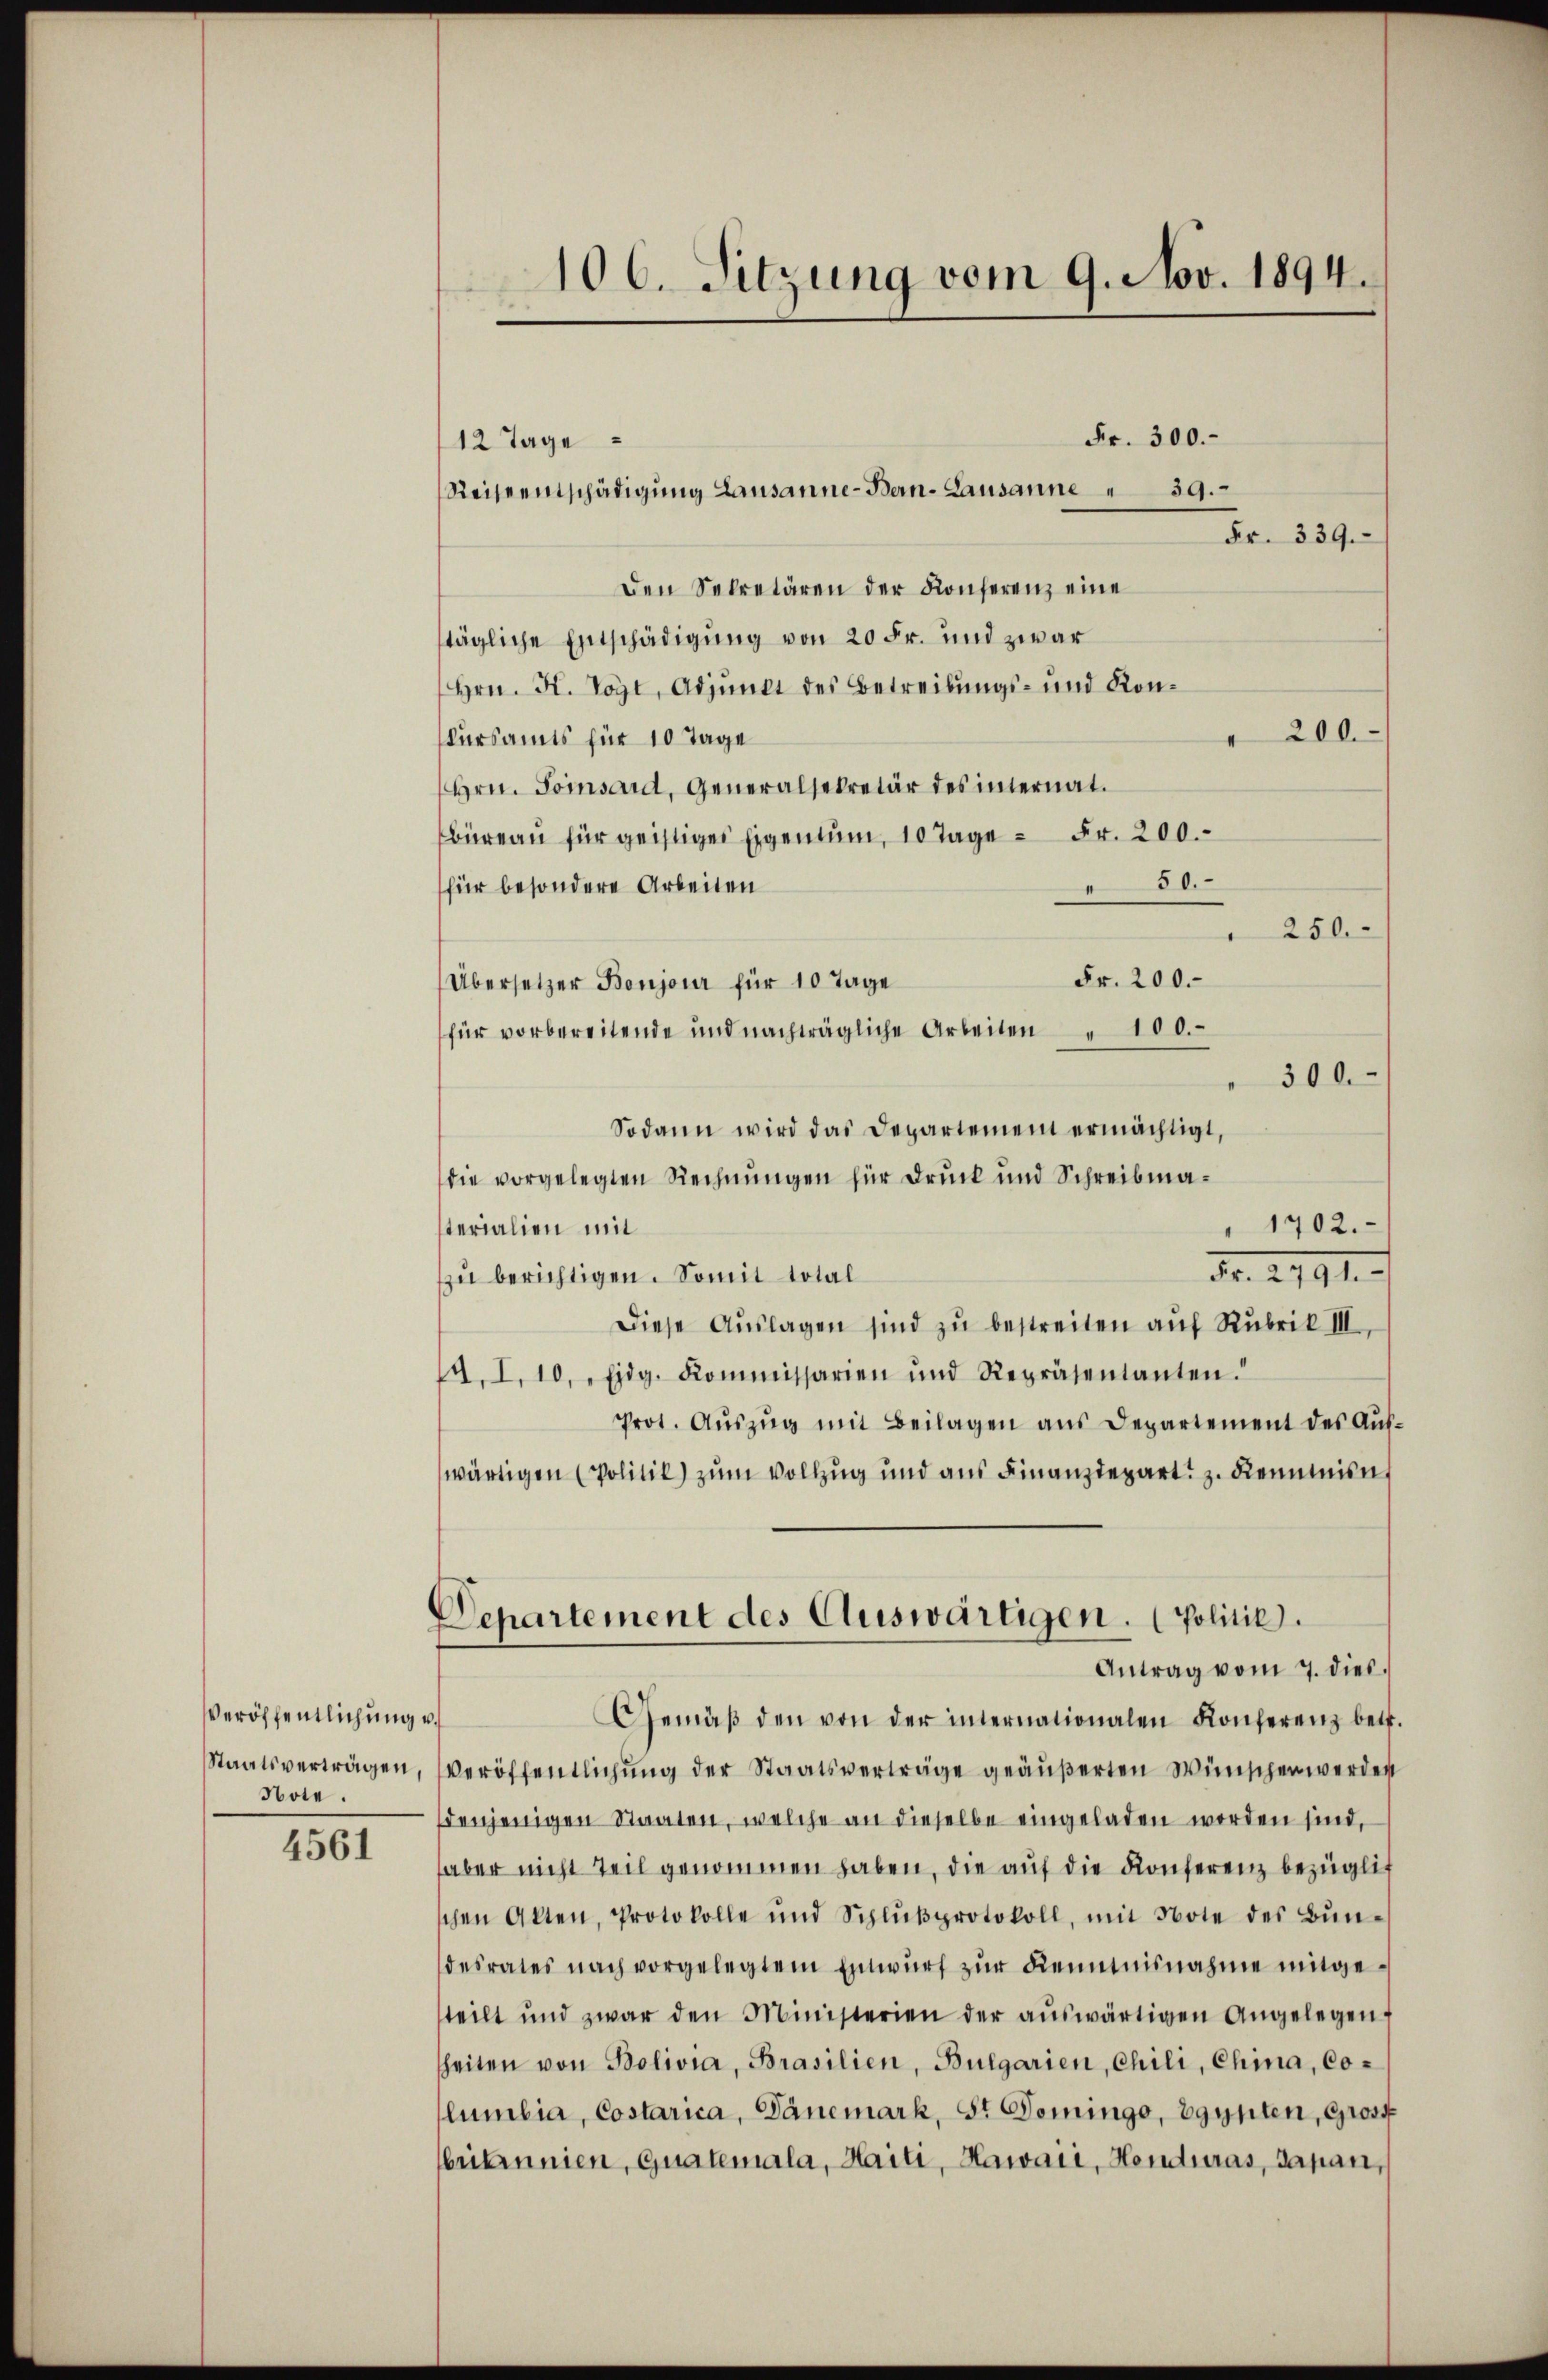
Veröffentlichung v.
Note.

4561

106. Sitzung vom 9. Nov. 1894.

Fr. 300.
12 Tage
Reiseentschädigung Lausanne-Bern-Lausanne 39.
Fr. 339.
Den Sekretären der Konferenz eine
tägliche Entschädigung von 20 Fr. und zwar
Hrn. K. Vogt, Adjunkt des Betreibungs- und Kon¬
200.
skursamts für 10 Tage
Hrn. Tomsard, Generalsekretär des internat.
Büreaŭ für geistiger Eigentum, 10 Tage - Fr. 200.
50.
für besondere Arbeiten
d
250.
Fr. 200.
Übersetzer Boujour für 10 Tage
für vorbereitende und nachträgliche Arbeiten " 100.
300.
Sodann wird das Departement ermächtigt,
die vorgelegten Rechnungen für Druck und Schreibma¬
" 1702.
sterialien mit
No. 2991.
zu berichtigen. Somit total
Diese Aŭslagen sind zŭ bestreiten aŭf Rubrik III
. I. 10. Eidg. Kommissarien und Repräsentanten.
Prot. Aŭszŭg mit Beilagen aus Departement des Aŭf-
wärtigen (Politil) zum Vollzug und aus Finanzdepart z. Reminien,
Departement des Auswärtigen. (Politik.
Antrag vom 7. dies
Gemäβ den von der internationalen Konferenz betr.
Staatsverträgen, veröffentlichŭng der Staatsverträge geäŭβerten Wünschen werden
denjenigen Staaten, welche an dieselbe eingeladen worden sind,
aber nicht Teil genommen haben, die auf die Konferenz bezüglic
chen Akten, Protokolle und Schlŭβprotokoll, mit Note des Bŭn-
desrates nach vorgelegtem Entwŭrf zŭr Kenntnisnahme mitgesteilt und zwar den Ministerien der aŭswärtigen Angelegen
heiten von Bolivia, Brasilien, Bulgarien, Chili, China, Columbia, Costarica, Dänemark, Sr Domingo, Egypten, Gross
britannien, quatemala, Haiti, Hawaii, Honduras, Japan,